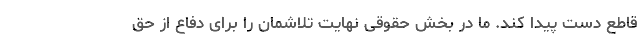
قاطع دست پیدا کند. ما در بخش حقوقی نهایت تلاشمان را برای دفاع از حق